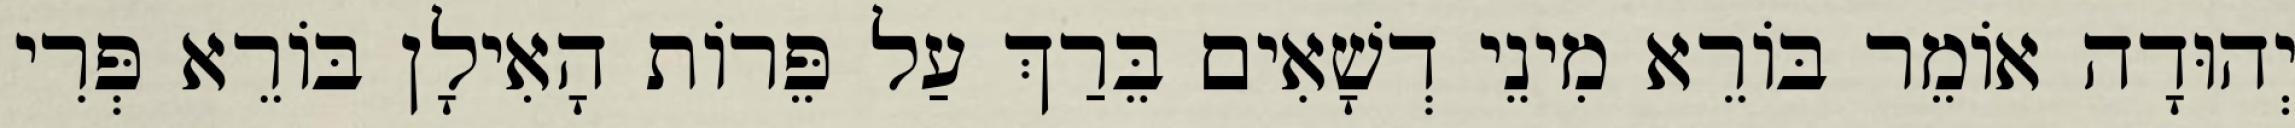
יְהוּדָה אוֹמֵר בּוֹרֵא מִינֵי דְשָׁאִים בֵּרַךְ עַל פֵּרוֹת הָאִילָן בּוֹרֵא פְּרִי